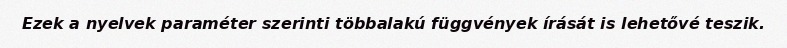
Ezek a nyelvek paraméter szerinti többalakú függvények írását is lehetővé teszik.